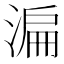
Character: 㴜